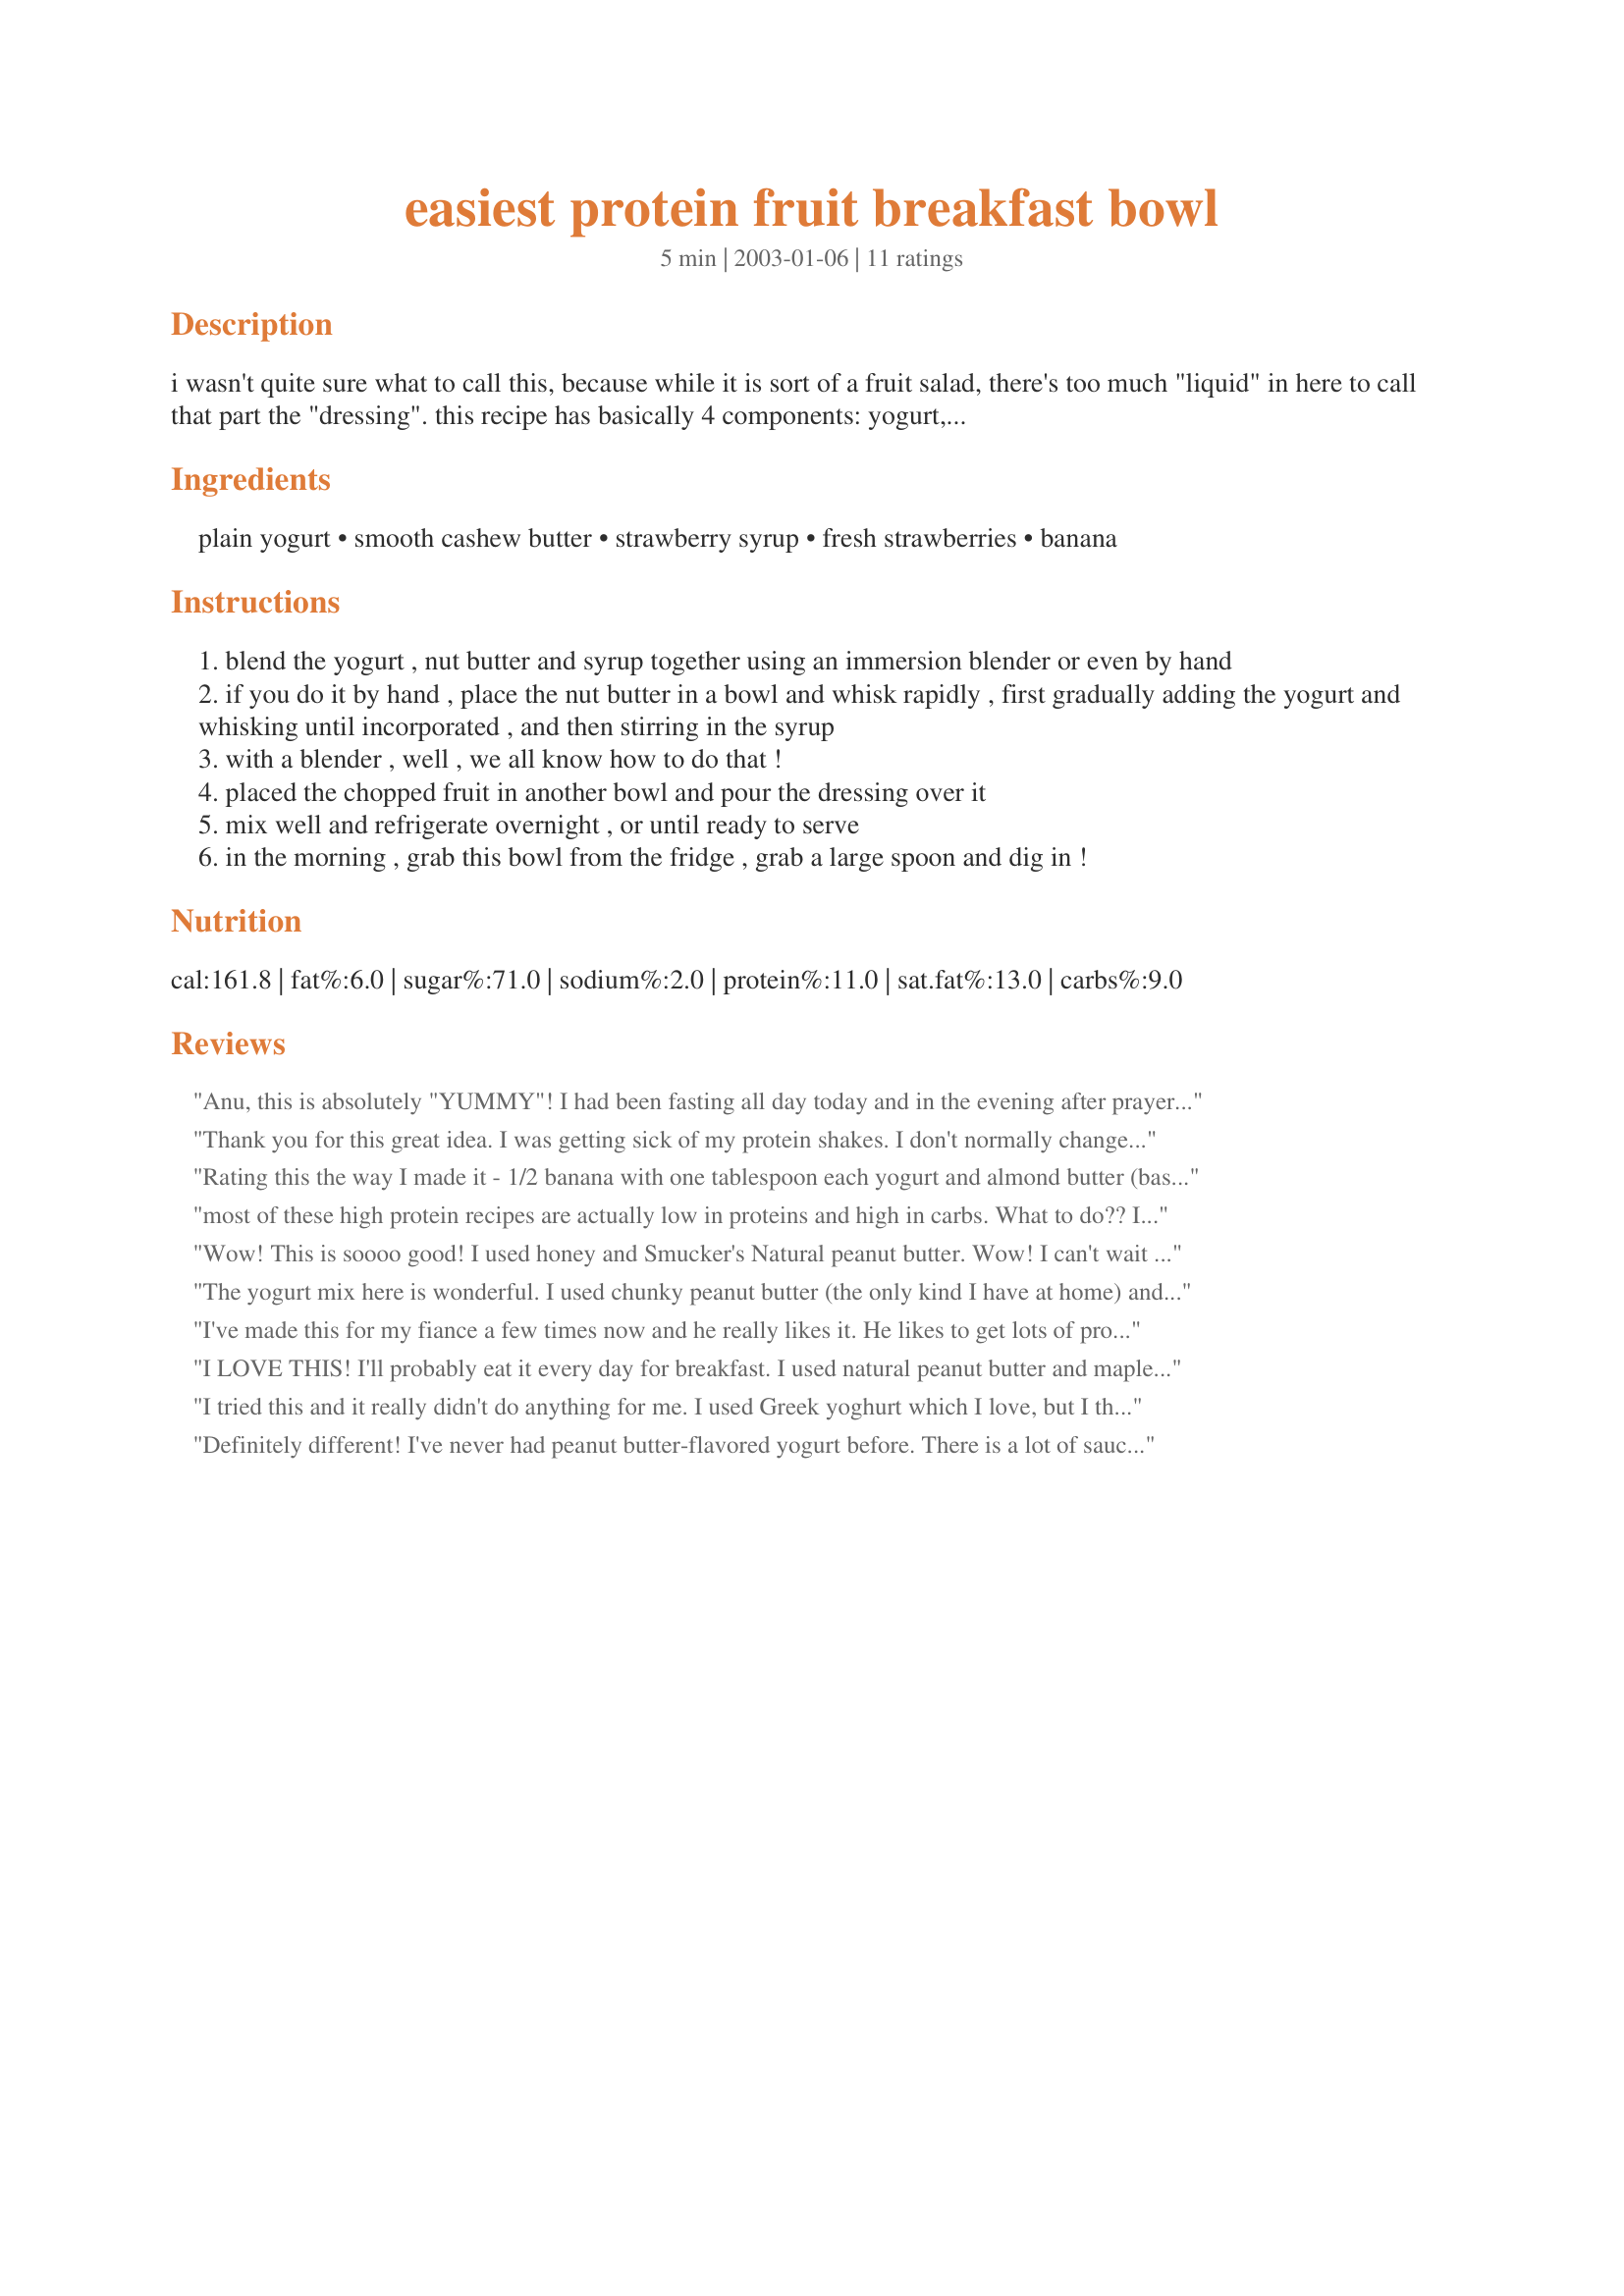
easiest protein fruit breakfast bowl
Preparation time: 5 minutes

i wasn't quite sure what to call this, because while it is sort of a fruit salad, there's too much "liquid" in here to call that part the "dressing". this recipe has basically 4 components: yogurt, nut butter, sweetener, and fruit. the yogurt adds tartness, the nut butter adds richness and protein, and the sweetener... well, sweetens! feel free to experiment with different fruits, yogurts, nut butters and sweeteners, and see what flavour appeals to you the most! with 8 grams of protein, this bowl-'o-nutrition is a great way to kickstart your day!

Ingredients:
plain yogurt, smooth cashew butter, strawberry syrup, fresh strawberries, banana

Steps:
blend the yogurt , nut butter and syrup together using an immersion blender or even by hand
if you do it by hand , place the nut butter in a bowl and whisk rapidly , first gradually adding the yogurt and whisking until incorporated , and then stirring in the syrup
with a blender , well , we all know how to do that !
placed the chopped fruit in another bowl and pour the dressing over it
mix well and refrigerate overnight , or until ready to serve
in the morning , grab this bowl from the fridge , grab a large spoon and dig in !

Reviews:
Anu, this is absolutely "YUMMY"! I had been fasting all day today and in the evening after prayers I broke my fast with this delicious fruit bowl! I fell in love with it the minute I had the first spoon! I used a combo of 1/2 a red apple(unpeeled and chopped), 1/2 a fresh peach(peeled and chopped) and a small banana(sliced). For the dressing, I used a combo of yogurt, peanut butter(smooth) and honey. I refrigerated the fruit bowl with the dressing for an hour and a half. The banana in this is really the best. It was sooooo yummy!!! Thanks for sharing the recipe!
Thank you for this great idea. I was getting sick of my protein shakes. I don't normally change recipes, but I did this a little. I added a scoop of my protein powder to the yogurt amd skipped the peanut butter, mixed it well with 1 T of reduced cal syrup and 2 T flaxsee meal. Then mixed in the banana. Very good. This is how I will get my morning protein shake in from now on.
Rating this the way I made it - 1/2 banana with one tablespoon each yogurt and almond butter (based on another&#039;s review and the pictures). Though the almond butter is quite different from anything I have ever bought before (it is a crema di mandorla by Fiasconaro - an Italian product that Whole Foods carries) and is much more flavorful and delicious than what I have tried before. It is also already sweetened, so I left that part out. I ate this on the spot, instead of refrigerating it (personal preference), and really loved it.
most of these high protein recipes are actually low in proteins and high in carbs. What to do?? I am only looking for high protein and low carb recipes.
Wow! This is soooo good! I used honey and Smucker's Natural peanut butter. Wow! I can't wait to try this with other fruits! Thank you! Reviewed for Healthy Choices ABC tag.
The yogurt mix here is wonderful. I used chunky peanut butter (the only kind I have at home) and I really liked the chunks. And I used the maple syrup though I felt I needed more like a heaping teaspoon instead of a tablespoon. Mixing it all by hand was much easier then I thought it would be and then I didn't lose any to the inside of the blender container. I tried this over frozen fruit because it was what I had and I found it only so-so. Over fresh fruit much better. I think this is a 4.5 star recipe simply because it is not quite as flexible as I would like. But very very tasty.
I've made this for my fiance a few times now and he really likes it. He likes to get lots of protein in the morning. :)
I LOVE THIS! I'll probably eat it every day for breakfast. I used natural peanut butter and maple syrup and added about a tablespoon of rolled oats. Thank you!
I tried this and it really didn't do anything for me. I used Greek yoghurt which I love, but I think the peanut butter changed the texture for me. I won't make it again. I already make a similar breakfast without the nuts so I will just continue to do that.
Definitely different! I've never had peanut butter-flavored yogurt before. There is a lot of sauce, enough for double the amount of fruit. It's pretty sweet so the maple syrup may not be necessary.
This was really good. I used sugar free maple syrup and natural style peanut butter. If you want it thicker a teaspoon of oatmeal thickens it up really nice. Bonus- now I know how to make peanut butter flavored yogurt. Thanks!
